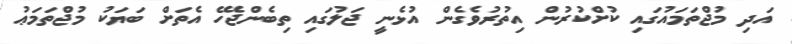
އަދި މުޖްތަމައުގައި ކުށްކުރުން އިތުރުވެގެން އުޅެނީ ޖަލުގައި ތިބެންޖެހޭ އެތަށް ބަޔަކު މުޖްތަމަޢު